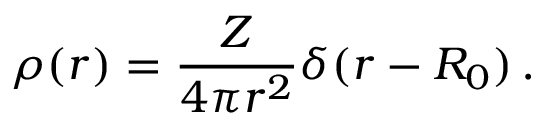
\rho ( r ) = \frac { Z } { 4 \pi r ^ { 2 } } \delta ( r - R _ { 0 } ) \, .